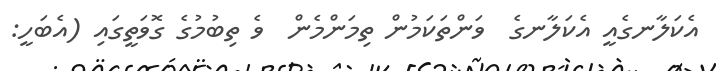
އެކަލާނގެއީ އެކަލާނގެ  ވަންތަކަމުން ތިމަންމެން  ވެ ތިބުމުގެ ގޮވަތީގައި (އެބަހީ: